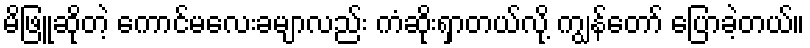
မိဖြူဆိုတဲ့ ကောင်မလေးခမျာလည်း ကံဆိုးရှာတယ်လို့ ကျွန်တော် ပြောခဲ့တယ်။